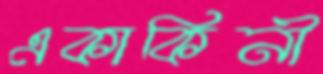
একাকিনী